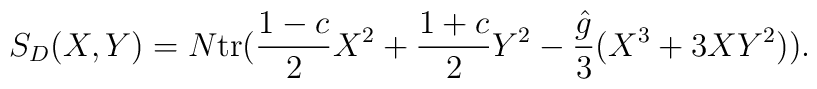
S_D(X,Y)= N{\rm tr}({1-c\over 2}X^2 + {1+c\over 2}Y^2-{\hat{g}\over 3}(X^3 + 3XY^2) ).